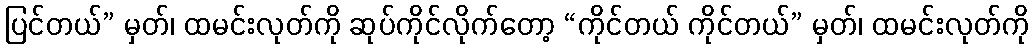
ပြင်တယ်” မှတ်၊ ထမင်းလုတ်ကို ဆုပ်ကိုင်လိုက်တော့ “ကိုင်တယ် ကိုင်တယ်” မှတ်၊ ထမင်းလုတ်ကို